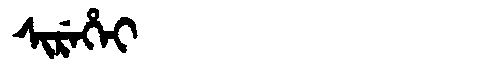
Manchu: ᠰᡳᡵᡝᡥᡝᡳ
Romanization: SIREHEI